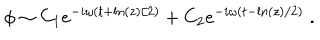
\phi \sim C _ { 1 } e ^ { - i \omega ( t + \ln ( z ) / 2 ) } + C _ { 2 } e ^ { - i \omega ( t - \ln ( z ) / 2 ) } \; .